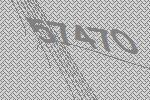
57470